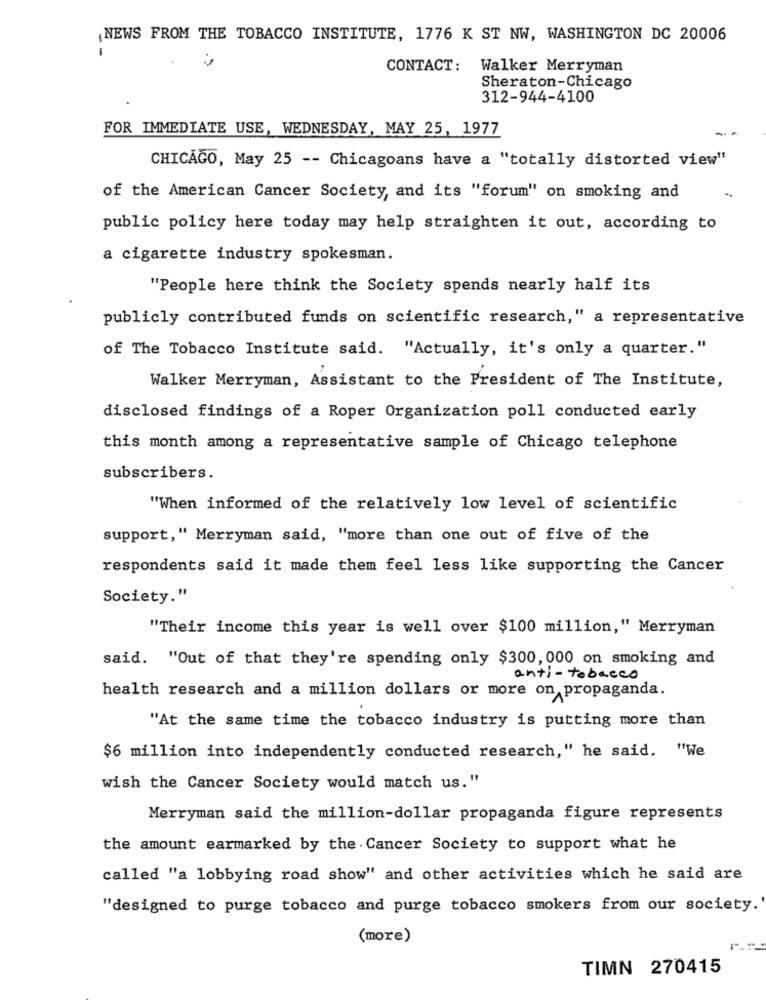
,NEWS FROM THE TOBACCO INSTITUTE, 1776 K ST NW, WASHINGTON DC 20006
-
CONTACT:
Walker Merryman
Sheraton-Chicago
312-944-4100
FOR IMMEDIATE USE, WEDNESDAY, MAY 25, 1977
CHICAGO, May 25 -- Chicagoans have a "totally distorted view"
of the American Cancer Society, and its "forum" on smoking and
public policy here today may help straighten it out, according to
a cigarette industry spokesman.
"People here think the Society spends nearly half its
publicly contributed funds on scientific research," a representative
of The Tobacco Institute said. "Actually, it's only a quarter."
Walker Merryman, Assistant to the President of The Institute,
disclosed findings of a Roper Organization poll conducted early
this month among a representative sample of Chicago telephone
subscribers.
"When informed of the relatively low level of scientific
support," Merryman said, "more than one out of five of the
respondents said it made them feel less like supporting the Cancer
Society."
"Their income this year is well over $100 million," Merryman
said. "Out of that they're spending only $300, 000 on smoking and
anti-tobacco
health research and a million dollars or more on propaganda.
"At the same time the tobacco industry is putting more than
$6 million into independently conducted research," he said. "We
wish the Cancer Society would match us."
Merryman said the million-dollar propaganda figure represents
the amount earmarked by the . Cancer Society to support what he
called "a lobbying road show" and other activities which he said are
"designed to purge tobacco and purge tobacco smokers from our society.
(more)
TIMN 270415